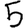
Digit: 5